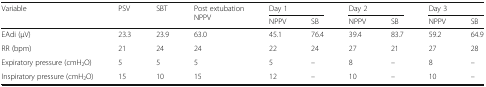
| <ROWSPAN=2> Variable | <ROWSPAN=2> PSV | <ROWSPAN=2> SBT | <ROWSPAN=2> Post extubation NPPV | <COLSPAN=2> Day 1 | <COLSPAN=2> Day 2 | <COLSPAN=2> Day 3 |
 | NPPV | SB | NPPV | SB | NPPV | SB |
 | --- | --- | --- | --- | --- | --- | --- | --- | --- | --- |
 | EAdi (μV) | 23.3 | 23.9 | 63.0 | 45.1 | 76.4 | 39.4 | 83.7 | 59.2 | 64.9 |
 | RR (bpm) | 21 | 24 | 24 | 22 | 24 | 27 | 21 | 27 | 28 |
 | Expiratory pressure (cmH2O) | 5 | 5 | 5 | 5 | – | 8 | – | 8 | – |
 | Inspiratory pressure (cmH2O) | 15 | 10 | 15 | 12 | – | 10 | – | 10 | – |